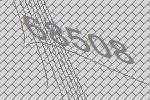
68508